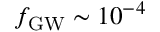
f _ { \mathrm { G W } } \sim 1 0 ^ { - 4 }